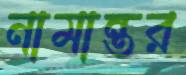
নামান্তর